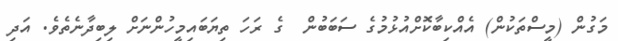
މަގުން (މީސްތަކުން) އެއްކިބާކޮށްއުޅުމުގެ ސަބަބުން  ގެ ރަހަ ތިޔަބައިމީހުންނަށް ލިބިދާނެތެވެ. އަދި